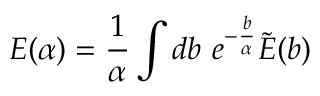
E ( \alpha ) = { \frac { 1 } { \alpha } } \int d b \ e ^ { - { \frac { b } { \alpha } } } \tilde { E } ( b )